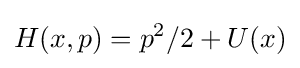
H(x,p)=p^{2}/2+U(x)